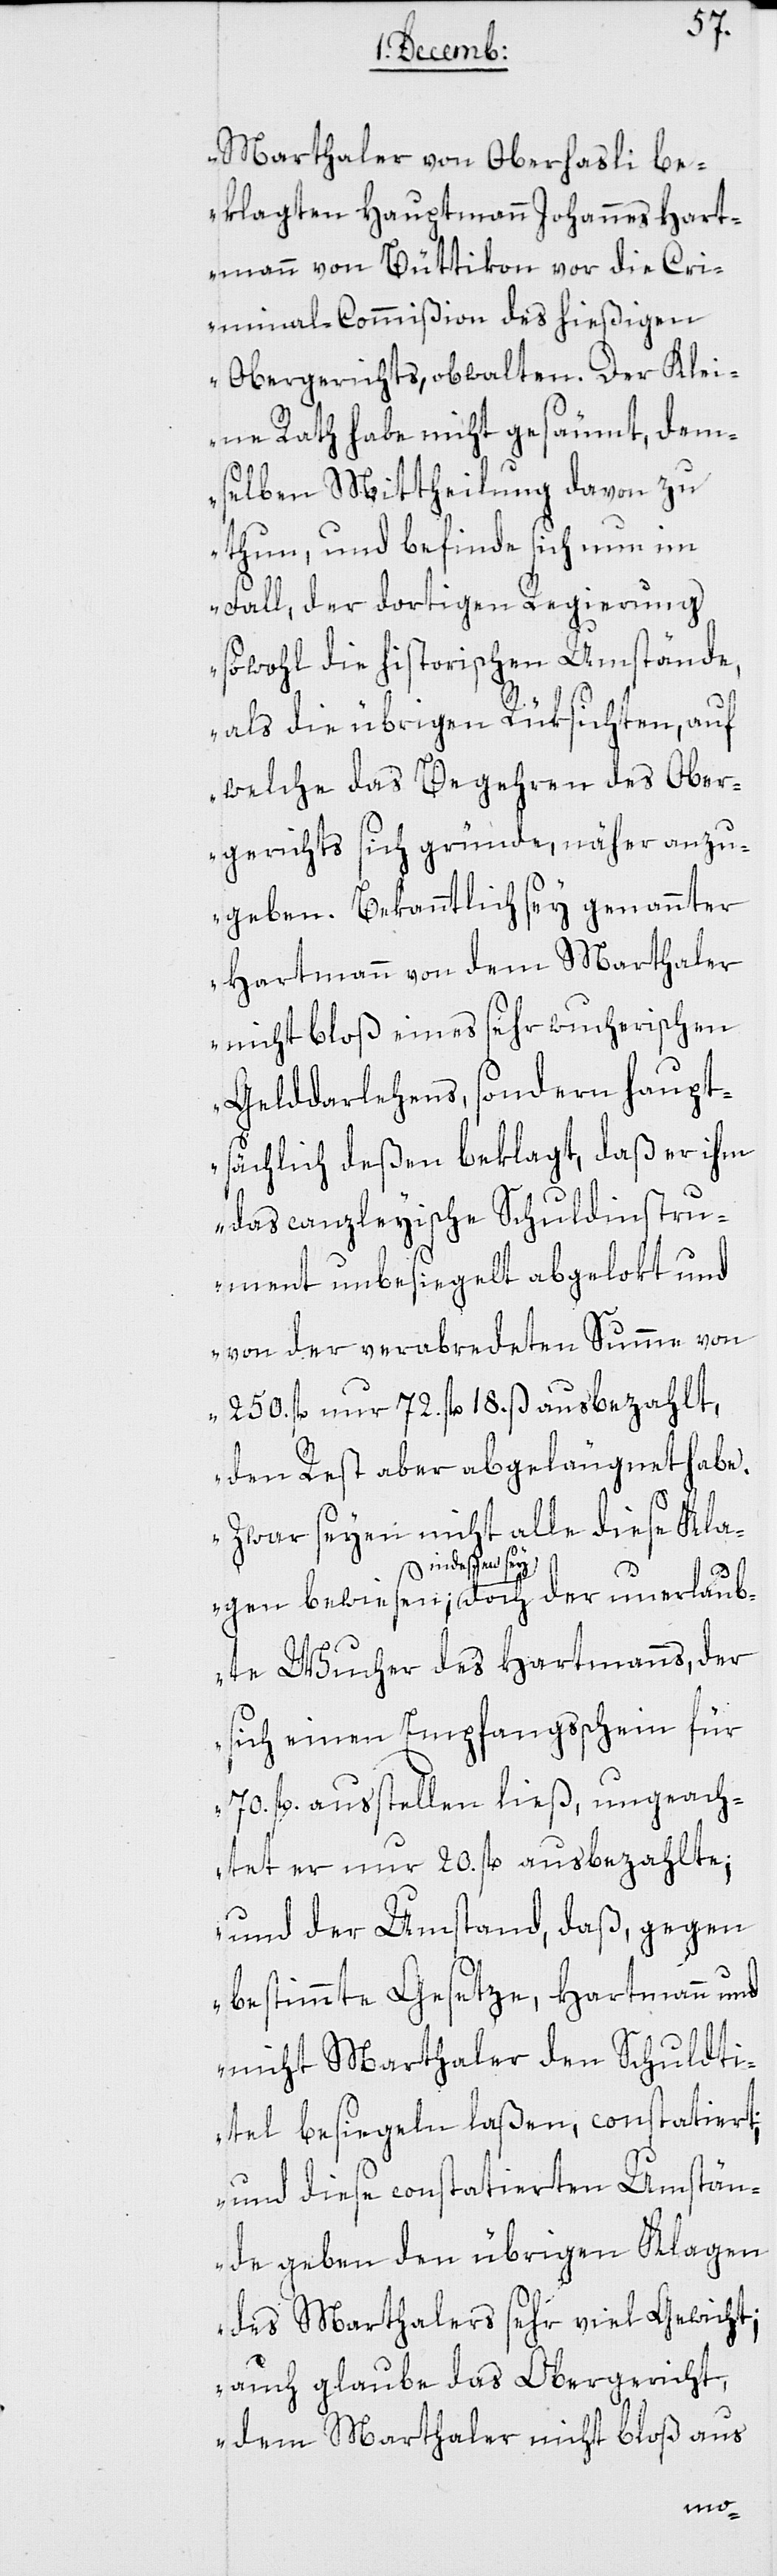
Marthaler von Oberhasli be¬
klagten Hauptmann Johannes Hart¬
mann von Büttikon vor die Cri¬
minal-Commißion des hießigen
Obergerichts, obwalten. Der Klei¬
ne Rath habe nicht gesäumt, dem¬
selben Mittheilung davon zu
thun, und befinde sich nun im
Fall, der dortigen Regierung
sowohl die historischen Umstände,
als die übrigen Rüksichten, auf
welche das Begehren des Ober¬
gerichts sich gründe, näher anzu¬
geben. Bekanntlich sey genannter
Hartmann von dem Marthaler
nicht bloß eines sehr wucherischen
Gelddarlehens, sondern haupt¬
sächlich deßen beklagt, daß er ihm
das canzleyische Schuldinstru¬
ment unbesiegelt abgelokt und
von der verabredeten Summe von
250. fl. nur 72. fl. 18. ß ausbezahlt,
den Rest aber abgeleugnet habe.
Zwar seyen nicht alle diede Kla¬
indeßen sey
ubte Wucher des Hartmanns, der
sich einen Empfangsschein für
70. fl. ausstellen ließ, ungeach¬
tet er nur 20. fl. ausbezahlte;
und der Umstand, daß, gegen
bestimmte Gesetze, Hartmann und
nicht Marthaler den Schuldti¬
tel besiegeln laßen, constatiert;
und diese constatierten Umstän¬
de geben den übrigen Klagen
des Marthalers sehr viel Gewicht;
auch glaube das Obergericht,
dem Marthaler nicht bloß aus
unerla¬